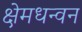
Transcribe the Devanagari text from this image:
क्षेमधन्वन